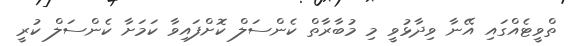
ތްވީޓެއްގައި އޭނާ ވިދާޅުވީ މި މުބާރާތް ކެންސަލް ކޮށްފައިވާ ކަމަށާ ކެންސަލް ކުރީ